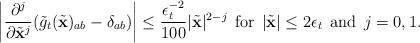
LaTeX: \begin{align*}\left|\frac{\partial^j}{\partial\tilde{\mathbf{x}}^j}(\tilde{g}_{t}(\tilde{\mathbf{x}})_{ab}-\delta_{ab})\right| \leq \frac{\epsilon_t^{-2}}{100}|\tilde{\mathbf{x}}|^{2-j}\,\;{\rm for}\;\, |\tilde{\mathbf{x}}| \leq 2\epsilon_t\;\,{\rm and}\;\,j=0,1.\end{align*}